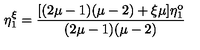
\eta _ { 1 } ^ { \xi } = \frac { [ ( 2 \mu - 1 ) ( \mu - 2 ) + \xi \mu ] \eta _ { 1 } ^ { \mathrm { o } } } { ( 2 \mu - 1 ) ( \mu - 2 ) }